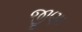
જીણા